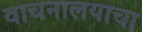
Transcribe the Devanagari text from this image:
वाचनालयाचा